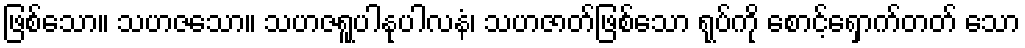
ဖြစ်သော။ သဟဇသော။ သဟဇရူပါနုပါလနံ၊ သဟဇာတ်ဖြစ်သော ရုပ်ကို စောင့်ရှောက်တတ် သော